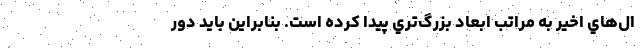
ال‌هاي اخير به مراتب ابعاد بزرگ‌تري پيدا كرده است. بنابراين بايد دور